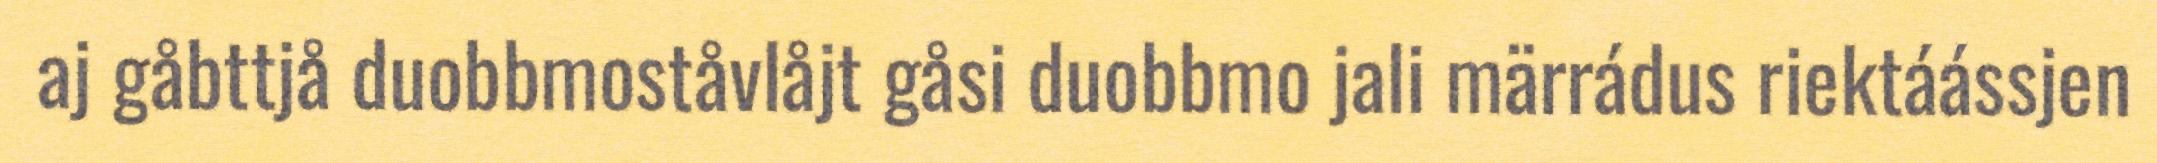
aj gåbttjå duobbmoståvlåjt gåsi duobbmo jali märrádus riektáássjen